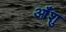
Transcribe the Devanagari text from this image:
आँशु